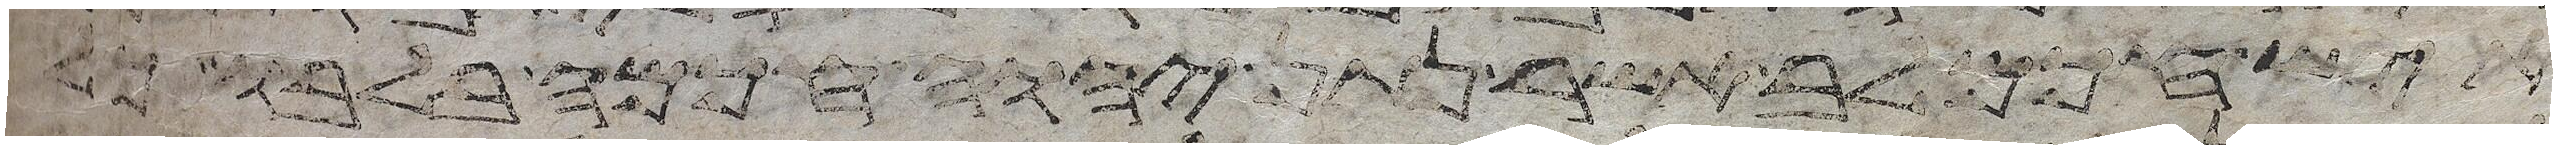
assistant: איש חכם לב אשר נתן יהוה חכמה בלבו כל